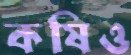
কষিও